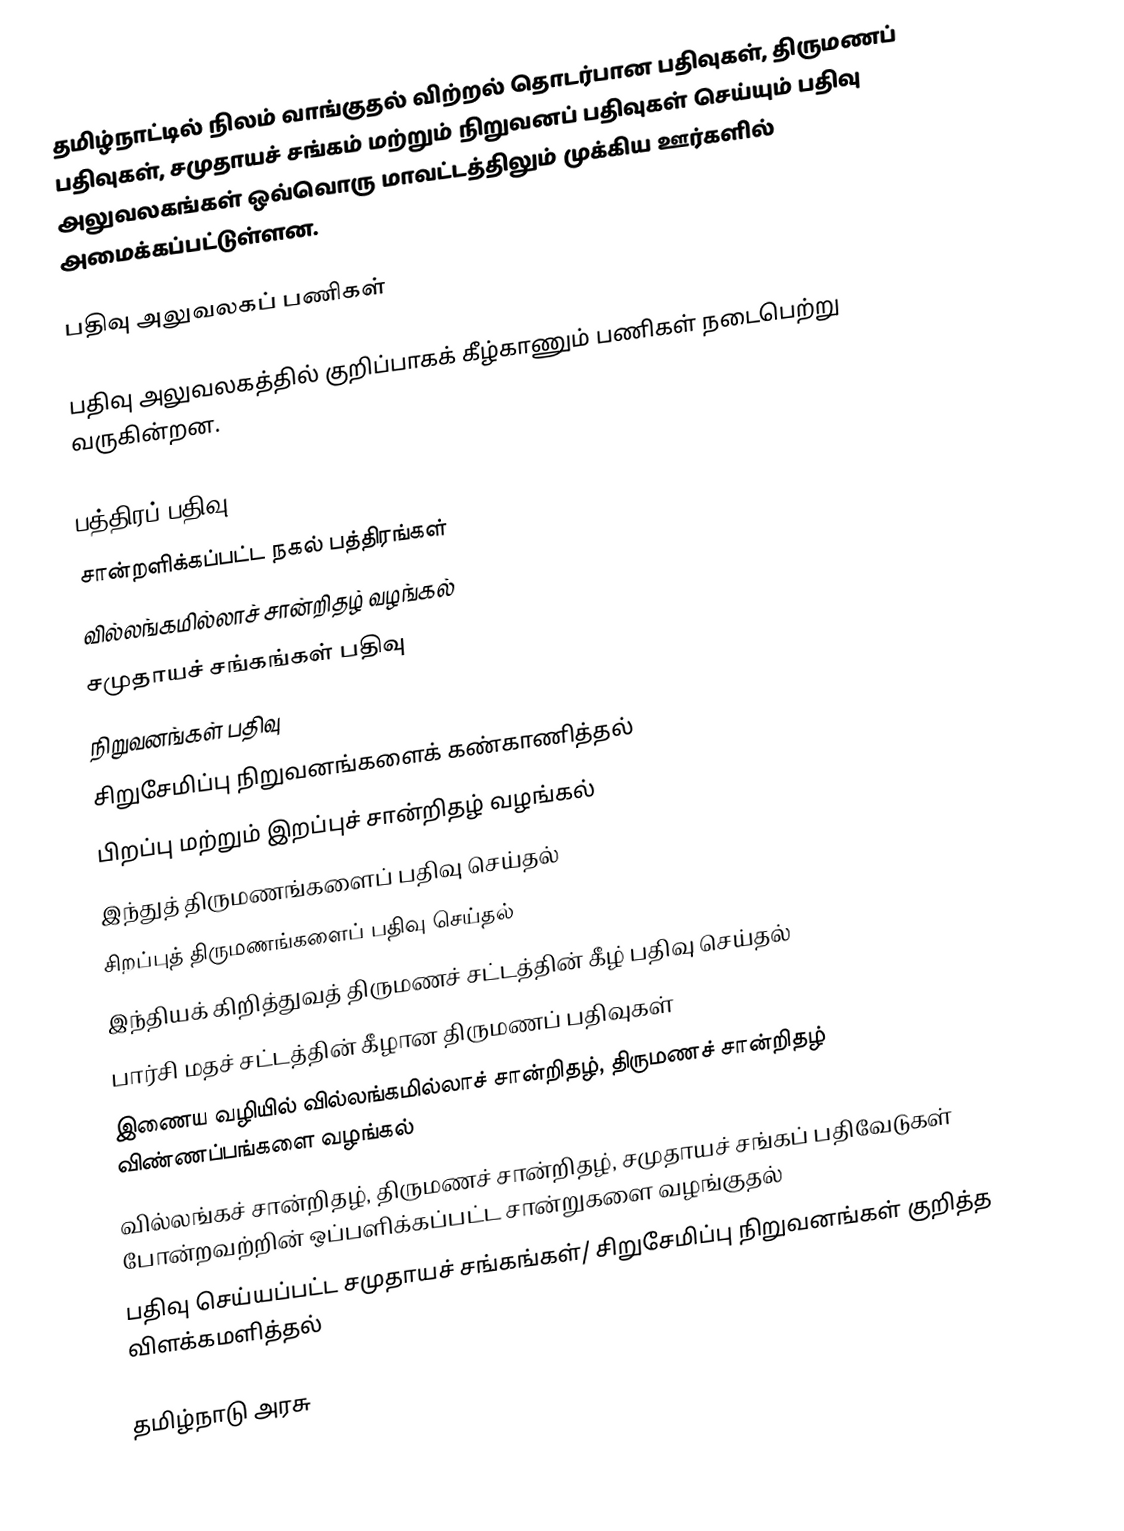
தமிழ்நாட்டில்  நிலம் வாங்குதல் விற்றல் தொடர்பான பதிவுகள், திருமணப் பதிவுகள், சமுதாயச் சங்கம் மற்றும் நிறுவனப் பதிவுகள் செய்யும் பதிவு அலுவலகங்கள் ஒவ்வொரு மாவட்டத்திலும் முக்கிய ஊர்களில் அமைக்கப்பட்டுள்ளன.

பதிவு அலுவலகப் பணிகள்

பதிவு அலுவலகத்தில் குறிப்பாகக் கீழ்காணும் பணிகள் நடைபெற்று வருகின்றன.

 பத்திரப் பதிவு
 சான்றளிக்கப்பட்ட நகல் பத்திரங்கள்
 வில்லங்கமில்லாச் சான்றிதழ் வழங்கல்
 சமுதாயச் சங்கங்கள் பதிவு
 நிறுவனங்கள் பதிவு
 சிறுசேமிப்பு நிறுவனங்களைக் கண்காணித்தல்
 பிறப்பு மற்றும் இறப்புச் சான்றிதழ் வழங்கல்
 இந்துத் திருமணங்களைப் பதிவு செய்தல்
 சிறப்புத் திருமணங்களைப் பதிவு செய்தல்
 இந்தியக் கிறித்துவத் திருமணச் சட்டத்தின் கீழ் பதிவு செய்தல்
 பார்சி மதச் சட்டத்தின் கீழான திருமணப் பதிவுகள்
 இணைய வழியில் வில்லங்கமில்லாச் சான்றிதழ், திருமணச் சான்றிதழ் விண்ணப்பங்களை வழங்கல்
 வில்லங்கச் சான்றிதழ், திருமணச் சான்றிதழ், சமுதாயச் சங்கப் பதிவேடுகள் போன்றவற்றின் ஒப்பளிக்கப்பட்ட சான்றுகளை வழங்குதல்
 பதிவு செய்யப்பட்ட சமுதாயச் சங்கங்கள்/ சிறுசேமிப்பு நிறுவனங்கள் குறித்த விளக்கமளித்தல்

தமிழ்நாடு அரசு